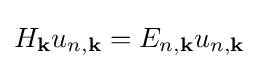
H_{\mathbf {k} }u_{n,\mathbf {k} }=E_{n,\mathbf {k} }u_{n,\mathbf {k} }